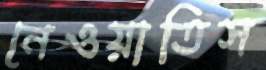
নেওয়াতিস